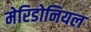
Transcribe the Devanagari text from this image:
मेरिडोनियल